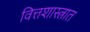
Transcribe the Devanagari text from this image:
वित्तशास्त्रात